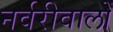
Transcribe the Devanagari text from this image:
नर्वरीवालों